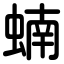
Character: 蝻